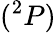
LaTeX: (^{2}P)